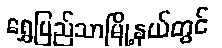
ရွှေပြည်သာမြို့နယ်တွင်